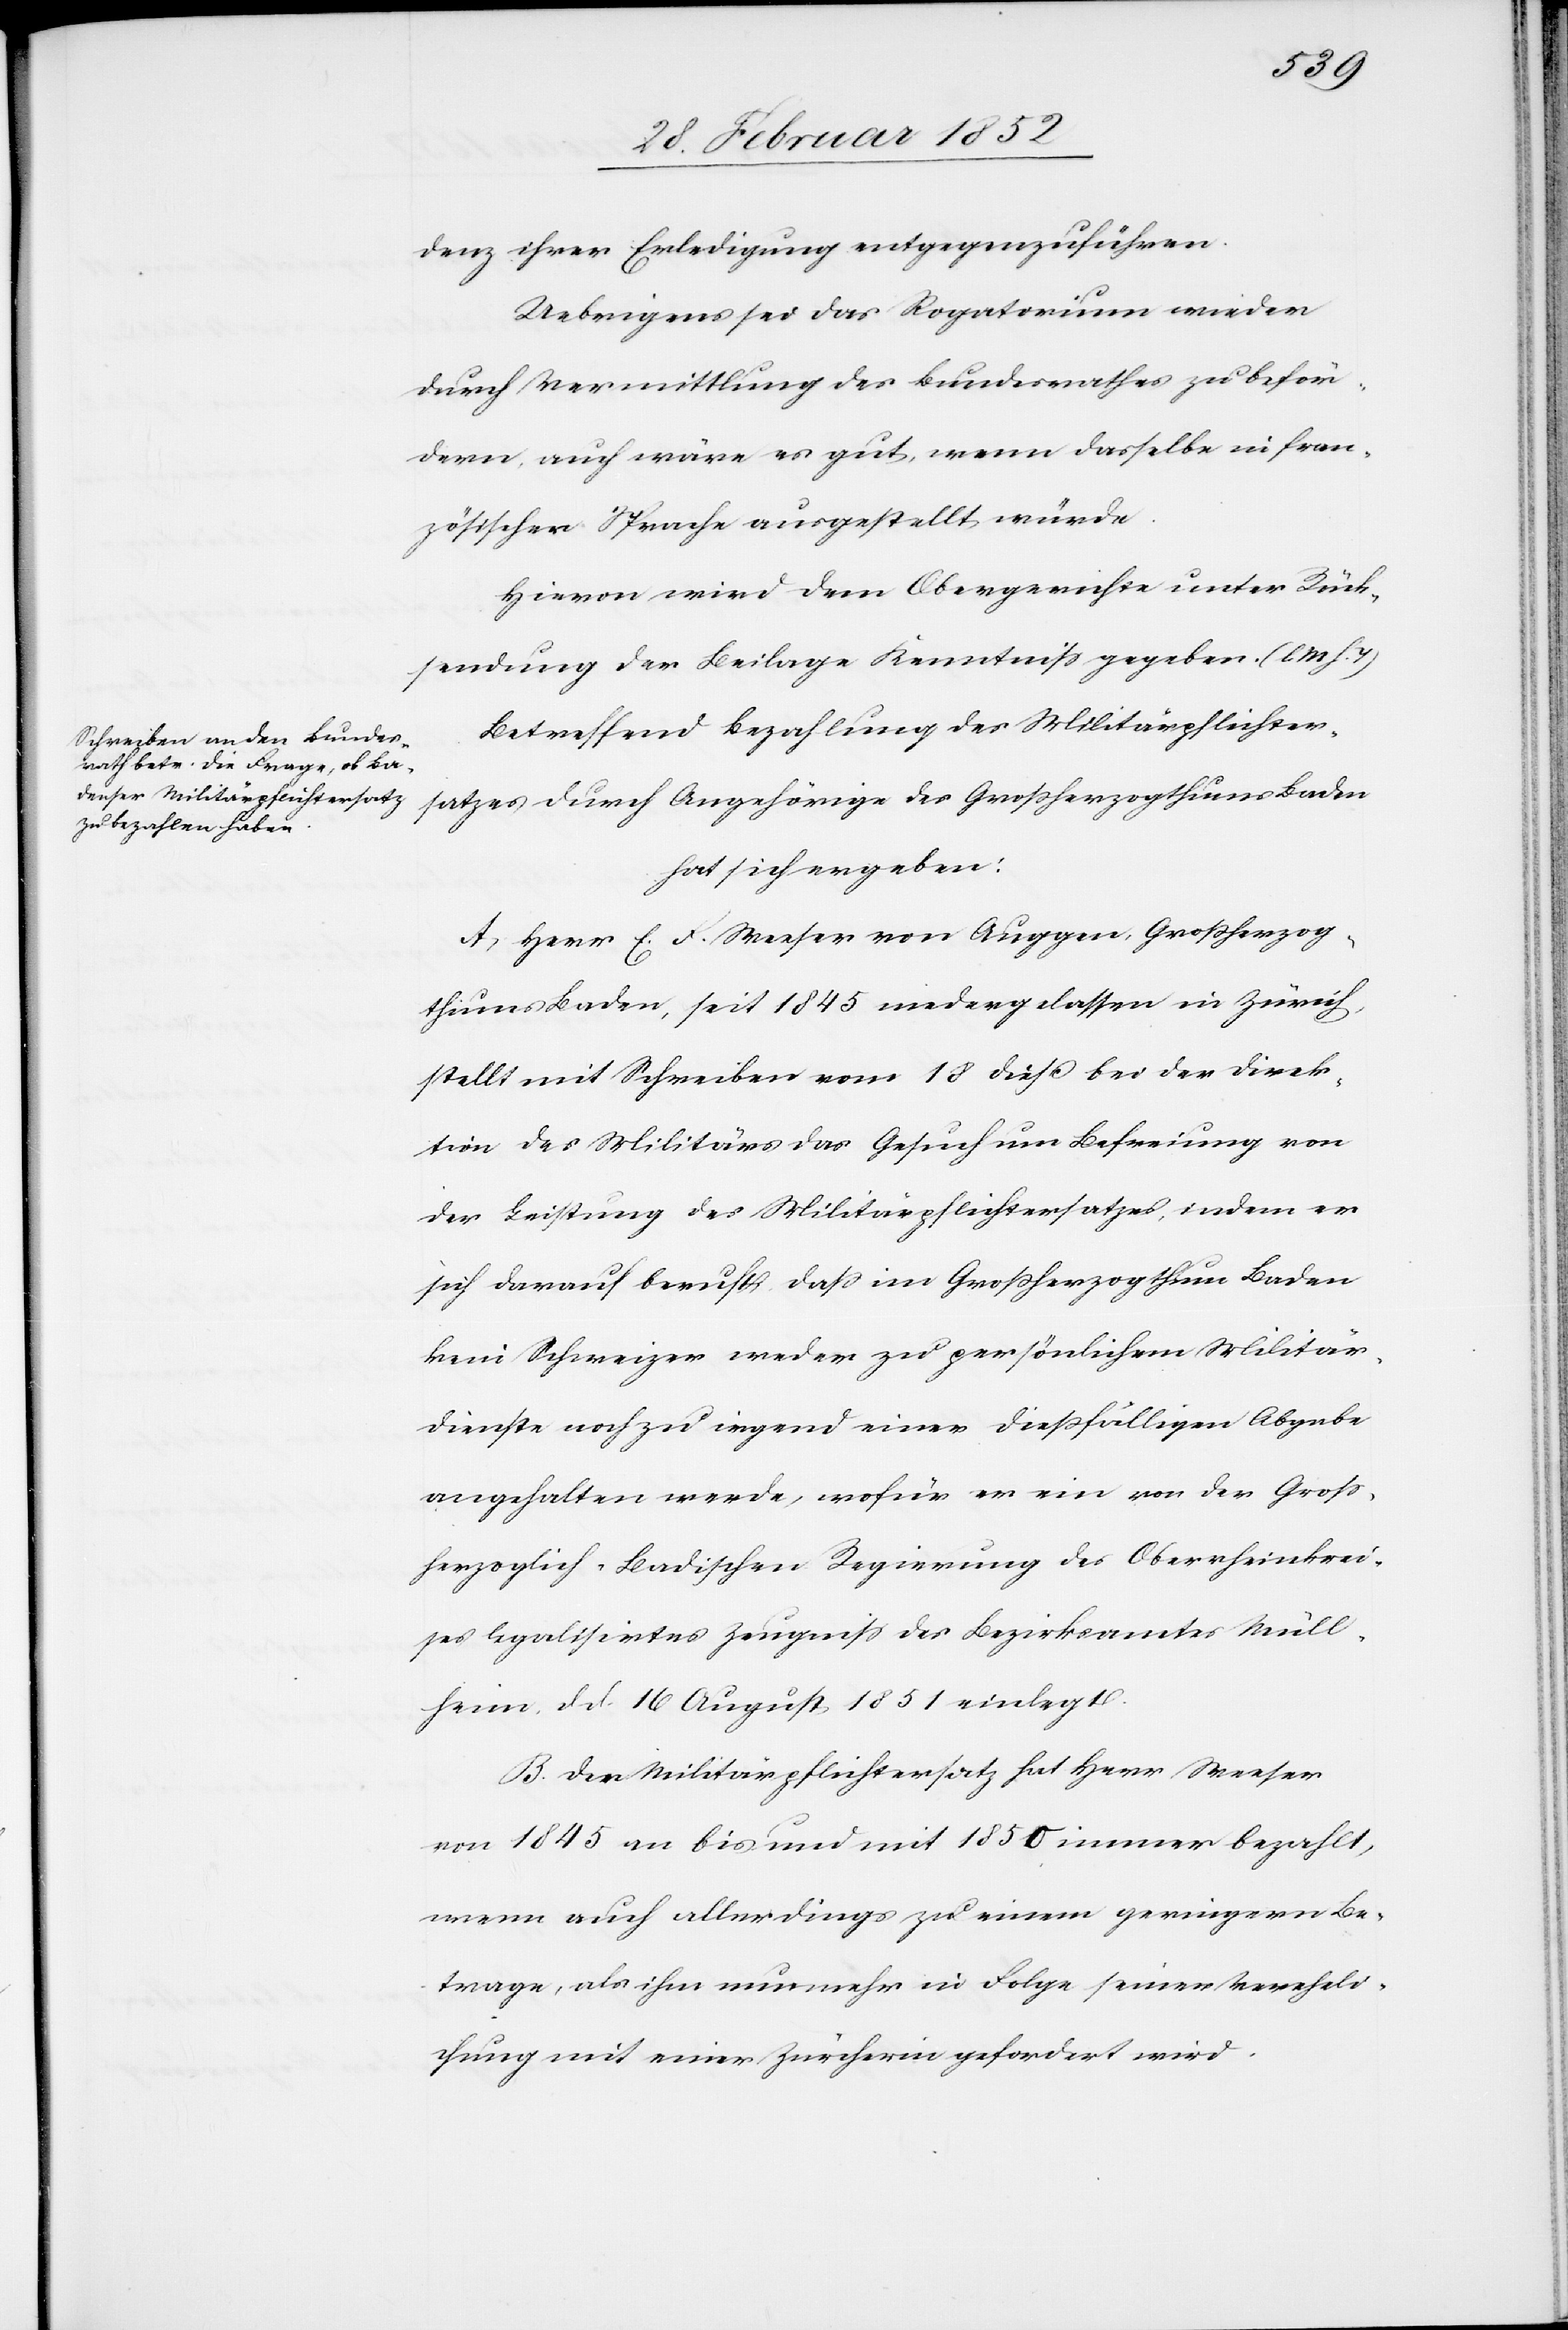
denz ihrer Erledigung entgegenzuführen.
Uebrigens sei das Rogatorium wieder
durch Vermittlung des Bundesrathes zu beför¬
dern, auch wäre es gut, wenn dasselbe in fran¬
zösischer Sprache ausgestellt würde.
Hiervon wird dem Obergerichte unter Rück¬
sendung der Beilage Kenntniß gegeben. (l. M. h. T)
Betreffend Bezahlung des Militärpflichter¬
satzes durch Angehörige des Großherzogthums Baden
hat sich ergeben:
A) Herr E. F. Merser von Auggen, Großherzog¬
thums Baden, seit 1845 niedergelassen in Zürich,
stellt mit Schreiben vom 18 dieß bei der Direk¬
tion des Militärwesens das Gesuch um Befreiung von
der Leistung des Militärpflichtersatzes, indem er
sich darauf beruft, daß im Großherzogthum Baden
kein Schweizer weder zu persönlichem Militär¬
dienste noch zu irgend einer dießfälligen Abgabe
angehalten werde, wofür er ein von der Groß¬
herzoglich-Badischen Regierung des Oberrheinkrei¬
ses legalisirtes Zeugniß des Bezirksamtes Müll¬
heim d. d. 16 August 1851 einlegt.
B. Der Militärpflichtersatz hat Herr Merser
von 1845 an bis und mit 1850 immer bezahlt,
wenn auch allerdings zu einem geringeren Be¬
trage, als ihm nunmehr in Folge Verehelichung mit einer Zürcherin